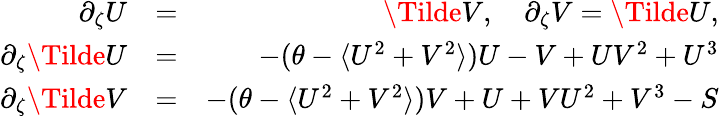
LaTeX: \begin{array}{rlr}{\partial_{\zeta}U}&{=}&{\Tilde{V},\quad\partial_{\zeta}V=\Tilde{U},}\\ {\partial_{\zeta}\Tilde{U}}&{=}&{-(\theta-\langle U^{2}+V^{2}\rangle)U-V+UV^{2}+U^{3}}\\ {\partial_{\zeta}\Tilde{V}}&{=}&{-(\theta-\langle U^{2}+V^{2}\rangle)V+U+VU^{2}+V^{3}-S}\end{array}